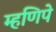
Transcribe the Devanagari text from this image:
म्हणिपे